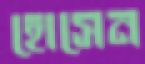
হোসেন